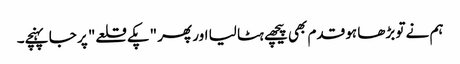
ہم نے تو بڑھا ہو قدم بھی پیچھے ہٹا لیا اور پھر "پکے قلعے" پر جا پہنچے۔